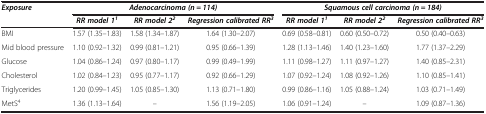
<table><thead><tr><td><b><i>Exposure</i></b></td><td colspan="3"><b><i>Adenocarcinoma (n = 114)</i></b></td><td colspan="3"><b><i>Squamous cell carcinoma (n = 184)</i></b></td></tr><tr><td><b> </b></td><td><b><i>RR model 1</i><sup><i>1</i></sup></b></td><td><b><i>RR model 2</i><sup><i>2</i></sup></b></td><td><b><i>Regression calibrated RR</i><sup><i>3</i></sup></b></td><td><b><i>RR model 1</i><sup><i>1</i></sup></b></td><td><b><i>RR model 2</i><sup><i>2</i></sup></b></td><td><b><i>Regression calibrated RR</i><sup><i>3</i></sup></b></td></tr></thead><tbody><tr><td>BMI</td><td>1.57 (1.35–1.83)</td><td>1.58 (1.34–1.87)</td><td>1.64 (1.30–2.07)</td><td>0.69 (0.58–0.81)</td><td>0.60 (0.50–0.72)</td><td>0.50 (0.40–0.63)</td></tr><tr><td>Mid blood pressure</td><td>1.10 (0.92–1.32)</td><td>0.99 (0.81–1.21)</td><td>0.95 (0.66–1.39)</td><td>1.28 (1.13–1.46)</td><td>1.40 (1.23–1.60)</td><td>1.77 (1.37–2.29)</td></tr><tr><td>Glucose</td><td>1.04 (0.86–1.24)</td><td>0.97 (0.80–1.17)</td><td>0.99 (0.49–1.99)</td><td>1.11 (0.98–1.27)</td><td>1.11 (0.97–1.27)</td><td>1.40 (0.85–2.31)</td></tr><tr><td>Cholesterol</td><td>1.02 (0.84–1.23)</td><td>0.95 (0.77–1.17)</td><td>0.92 (0.66–1.29)</td><td>1.07 (0.92–1.24)</td><td>1.08 (0.92–1.26)</td><td>1.10 (0.85–1.41)</td></tr><tr><td>Triglycerides</td><td>1.20 (0.99–1.45)</td><td>1.05 (0.85–1.30)</td><td>1.13 (0.71–1.80)</td><td>0.99 (0.86–1.16)</td><td>1.05 (0.88–1.24)</td><td>1.03 (0.71–1.49)</td></tr><tr><td>MetS<sup>4</sup></td><td>1.36 (1.13–1.64)</td><td>–</td><td>1.56 (1.19–2.05)</td><td>1.06 (0.91–1.24)</td><td>–</td><td>1.09 (0.87–1.36)</td></tr></tbody></table>